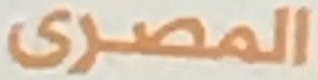
المصرى